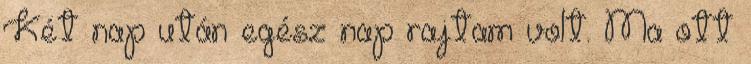
Két nap után egész nap rajtam volt. Ma ott